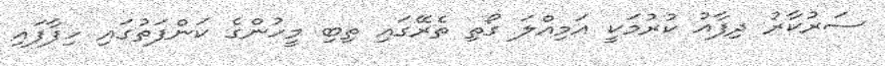
ސަރުކާރު ދިފާއު ކުރުމަކީ އަމިއްލަ ގޯތި ތެރޭގައި ތިބި މީހުންގެ ކަންފަތުގައި ހިފާފައި